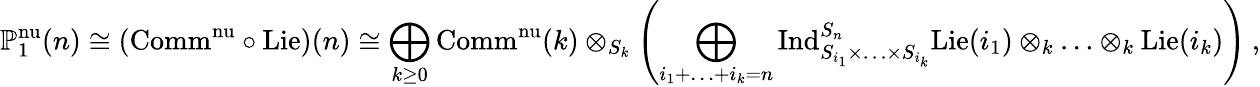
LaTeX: \mathbb{P}_{1}^{\mathrm{nu}}(n)\cong(\mathrm{Comm}^{\mathrm{nu}}\circ\mathrm{Lie})(n)\cong\bigoplus_{k\ge 0}\mathrm{Comm}^{\mathrm{nu}}(k)\otimes_{S_{k}}\left(\bigoplus_{i_{1}+\ldots+i_{k}=n}\mathrm{Ind}_{S_{i_{1}}\times\ldots\times S_{i_{k}}}^{S_{n}}\mathrm{Lie}(i_{1})\otimes_{k}\ldots\otimes_{k}\mathrm{Lie}(i_{k})\right)\: ,